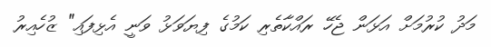
މަދު ކުރުމަށް އަޅަން ޖެހޭ ރައްކާތެރި ކަމުގެ ފިޔަވަޅު ވަނީ އެޅިފައި" ޒުހެއިރު